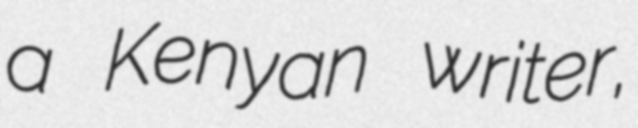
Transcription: a Kenyan writer,